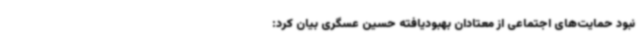
نبود حمایت‌های اجتماعی از معتادان بهبودیافته حسین عسگری بیان کرد: